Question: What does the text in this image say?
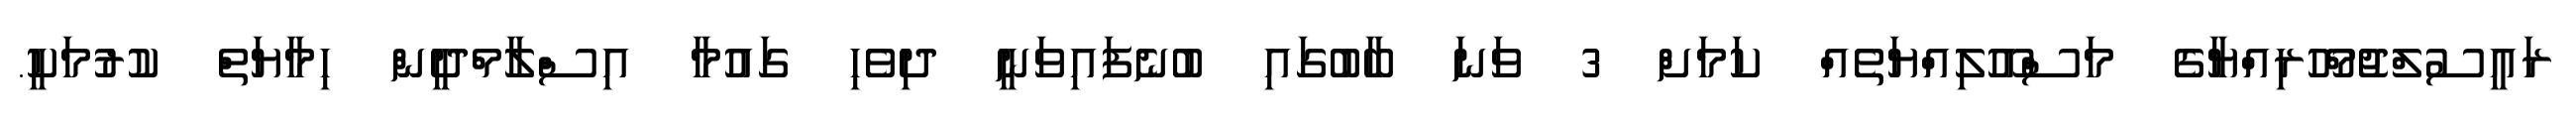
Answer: ރައީސުލްޖުމްހޫރިއްޔާގެ މަސްއޫލިއްޔަތެއް ކަމަށް 3 ވަނަ ބާބުގައި ބުނެފައިވަނީ ދިވެހި ގައުމާ އިސްލާމްދީން ހިމާޔަތް ކުރުމަކީ.